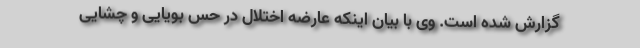
گزارش شده است. وی با بیان اینکه عارضه اختلال در حس بویایی و چشایی